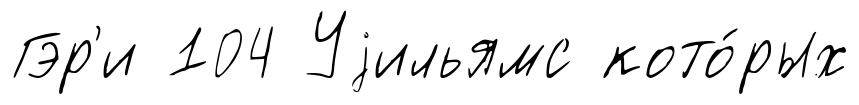
Гэр'и 104 Уjильямс кото́рых